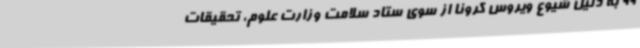
99 به دلیل شیوع ویروس کرونا از سوی ستاد سلامت وزارت علوم، تحقیقات